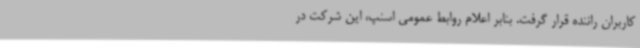
کاربران راننده قرار گرفت. بنابر اعلام روابط عمومی اسنپ، این شرکت در